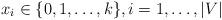
LaTeX: \begin{align*}x_i \in \{ 0, 1, \ldots ,k\} ,i = 1, \ldots ,|V|\end{align*}